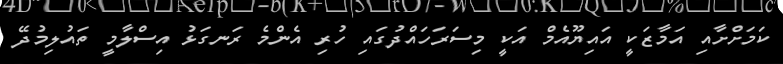
ކަމަށްށާއި އަމާޒަކީ އައިޔޫއެމް އަކީ މިސަރަހައްދުގައި ހުރި އެންމެ ރަނގަޅު އިސްލާމީ ތައުލިމުދޭ